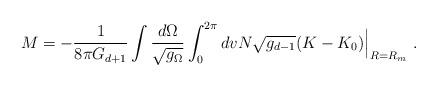
LaTeX: \begin{align*}M = - \frac{1}{8\pi G_{d+1}} \int \frac{d\Omega}{\sqrt{g_{\Omega}}}\int^{2\pi}_0 dv N \sqrt{g_{d-1}} ( K-K_0 ) \Big|_{R=R_m} \ .\end{align*}